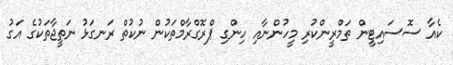
ކެއާ ސޮސައިޓީން ތަމްރީންކުރި މީހުންނާއި ހިންގި ޕްރޮގްރާމްތަކުން ނުކުތް ރަނގަޅު ނަތީޖާތަކުގެ އަގު